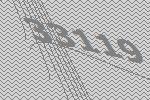
33119